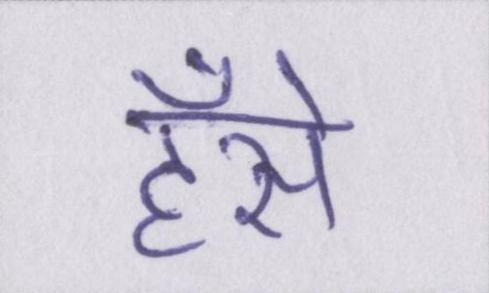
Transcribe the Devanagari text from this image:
हँसे